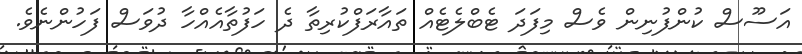
އަސޫސް ކުންފުނިން ވެސް މިފަދަ ޓެބްލެޓެއް ތައާރަފްކުރިތާ ދެ ހަފުތާއެއްހާ ދުވަސް ފަހުންނެވެ.